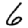
Digit: 6